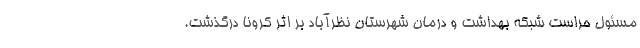
مسئول حراست شبکه بهداشت و درمان شهرستان نظرآباد بر اثر کرونا درگذشت.